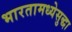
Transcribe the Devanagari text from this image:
भारतामध्येसुद्धा